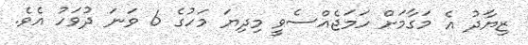
ޒިޔާދު އެ މަގާމަށް ހަމަޖެއްސެވީ މިދިޔަ މަހުގެ 6 ވަނަ ދުވަހު އެވެ.